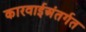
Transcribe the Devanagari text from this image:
कारवाईअंतर्गत